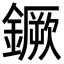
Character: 鐝